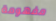
مفهومة